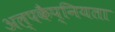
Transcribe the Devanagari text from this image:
अल्पकैप्नियता